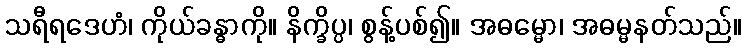
သရီရဒေဟံ၊ ကိုယ်ခန္ဓာကို။ နိက္ခိပ္ပ၊ စွန့်ပစ်၍။ အဓမ္မော၊ အဓမ္မနတ်သည်။